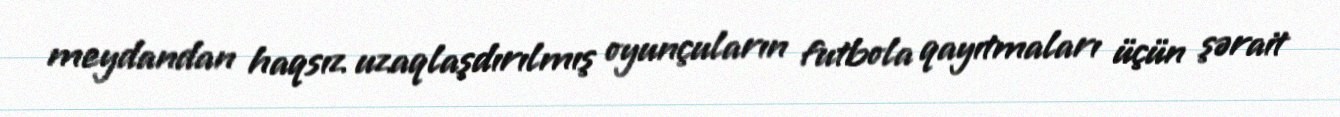
meydandan haqsız uzaqlaşdırılmış oyunçuların futbola qayıtmaları üçün şərait